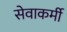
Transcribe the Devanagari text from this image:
सेवाकर्मी